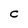
Character: C